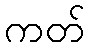
ကတ်